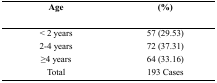
| Age | (%) |
 | --- | --- |
 | < 2 years | 57 (29.53) |
 | 2–4 years | 72 (37.31) |
 | ≥4 years | 64 (33.16) |
 | Total | 193 Cases |